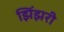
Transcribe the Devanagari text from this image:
झिंझरी